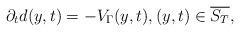
LaTeX: \begin{align*} \partial_td(y,t) = -V_\Gamma(y,t), (y,t)\in\overline{S_T},\end{align*}